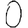
Digit: 0